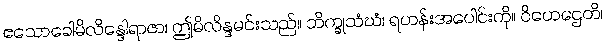
ဧသောခေါမိလိန္ဒေါရာဇာ၊ ဤမိလိန္ဒမင်းသည်။ ဘိက္ခုသံဃံ၊ ရဟန်းအပေါင်းကို။ ဝိဟေဌေတိ၊